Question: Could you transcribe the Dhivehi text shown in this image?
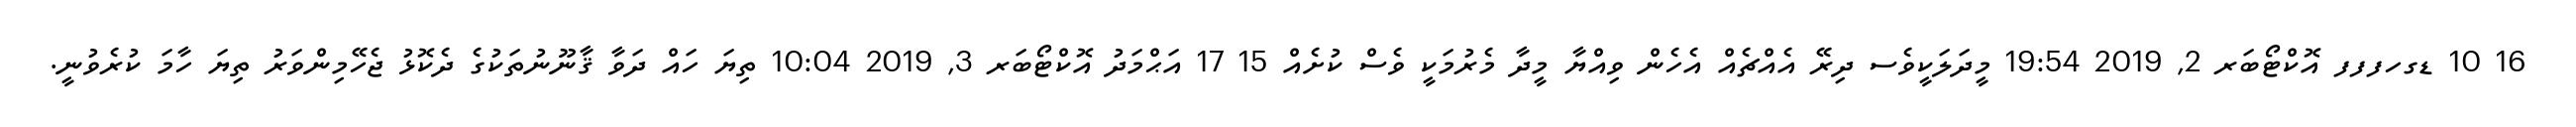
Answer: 16 10 ޑގހފފފ އޮކްޓޯބަރ 2, 2019 19:54 މީދަލަކީވެސ ދިރޭ އެއްޗެއް އެހެން ވިއްޔާ މީދާ މެރުމަކީ ވެސް ކުށެއް 15 17 އަޙްމަދު އޮކްޓޯބަރ 3, 2019 10:04 ތިޔަ ހައް ދަވާ ޤާނޫނުތަކުގެ ދެކޮޅު ޖެހޭމިންވަރު ތިޔަ ހާމަ ކުރެވުނީ.